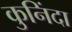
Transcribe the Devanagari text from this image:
कुनिंदा